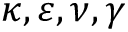
\kappa , \varepsilon , \nu , \gamma